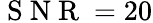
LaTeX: \mathrm{~S~N~R~}=20